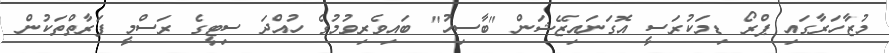
މުޒާހަރާގައި ޕްރޯ ޑިމަކުރަސީ އޮގަނައިޒޭޝަން "ބާސިހު" ބައިވެރިވުމުގެ ހުއްދަ ސިޓީގެ ރަސްމީ ފަރާތްތަކުން